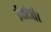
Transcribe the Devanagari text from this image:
ईसीजी।